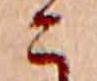
こ